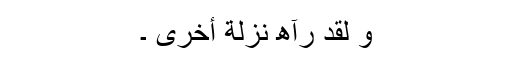
وَ لَقَدْ رَآھ نَزْلَةً أُخْرَی ۔